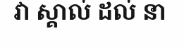
វា ស្គាល់ ដល់ នា